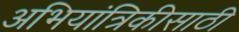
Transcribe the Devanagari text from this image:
अभियांत्रिकीसाठी